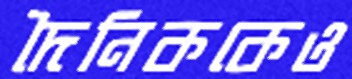
দৈনিককেও